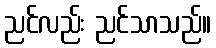
ညင်လည်း ညင်သာသည်။